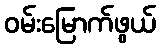
ဝမ်းမြောက်ဖွယ်